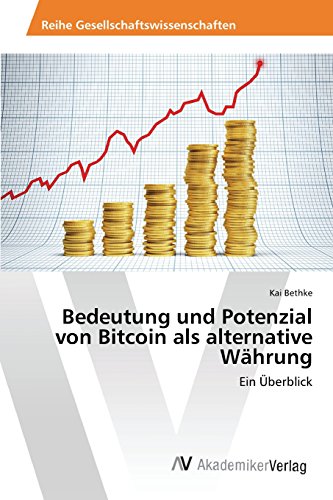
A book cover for Bedeutung und Potenzial von Bitcoin als alternative WÃ¤hrung (German Edition); Bethke Kai; Computers & Technology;